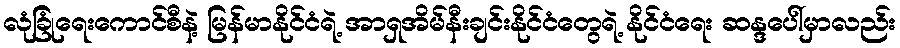
လုံခြုံရေးကောင်စီနဲ့ မြန်မာနိုင်ငံရဲ့ အာရှအိမ်နီးချင်းနိုင်ငံတွေရဲ့ နိုင်ငံရေး ဆန္ဒပေါ်မှာလည်း